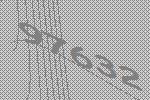
97632